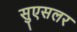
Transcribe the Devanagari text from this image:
सुएसलर